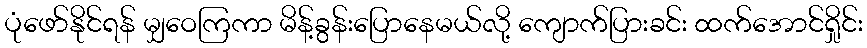
ပုံဖော်နိုင်ရန် မျှဝေကြကာ မိန့်ခွန်းပြောနေမယ်လို့ ကျောက်ပြားခင်း ထက်အောင်ရှိုင်း